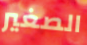
الصغير